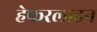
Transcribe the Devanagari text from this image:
हेफरलाइन